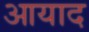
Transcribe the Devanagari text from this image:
आयाद